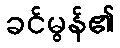
ခင်မွန်၏